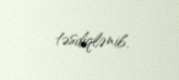
təsdiqlənib.